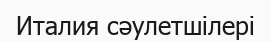
Италия сәулетшілері